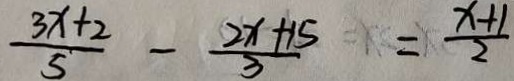
\frac { 3 x + 2 } { 5 } - \frac { 2 x + 1 5 } { 3 } = \frac { x + 1 } { 2 }